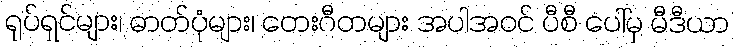
ရုပ်ရှင်များ၊ ဓာတ်ပုံများ၊ တေးဂီတများ အပါအဝင် ပီစီ ပေါ်မှ မီဒီယာ